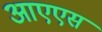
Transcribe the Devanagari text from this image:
आएएस